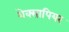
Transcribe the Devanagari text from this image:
शेक्सापियर